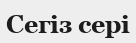
Сегіз сері